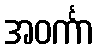
အဝင်္ကာ